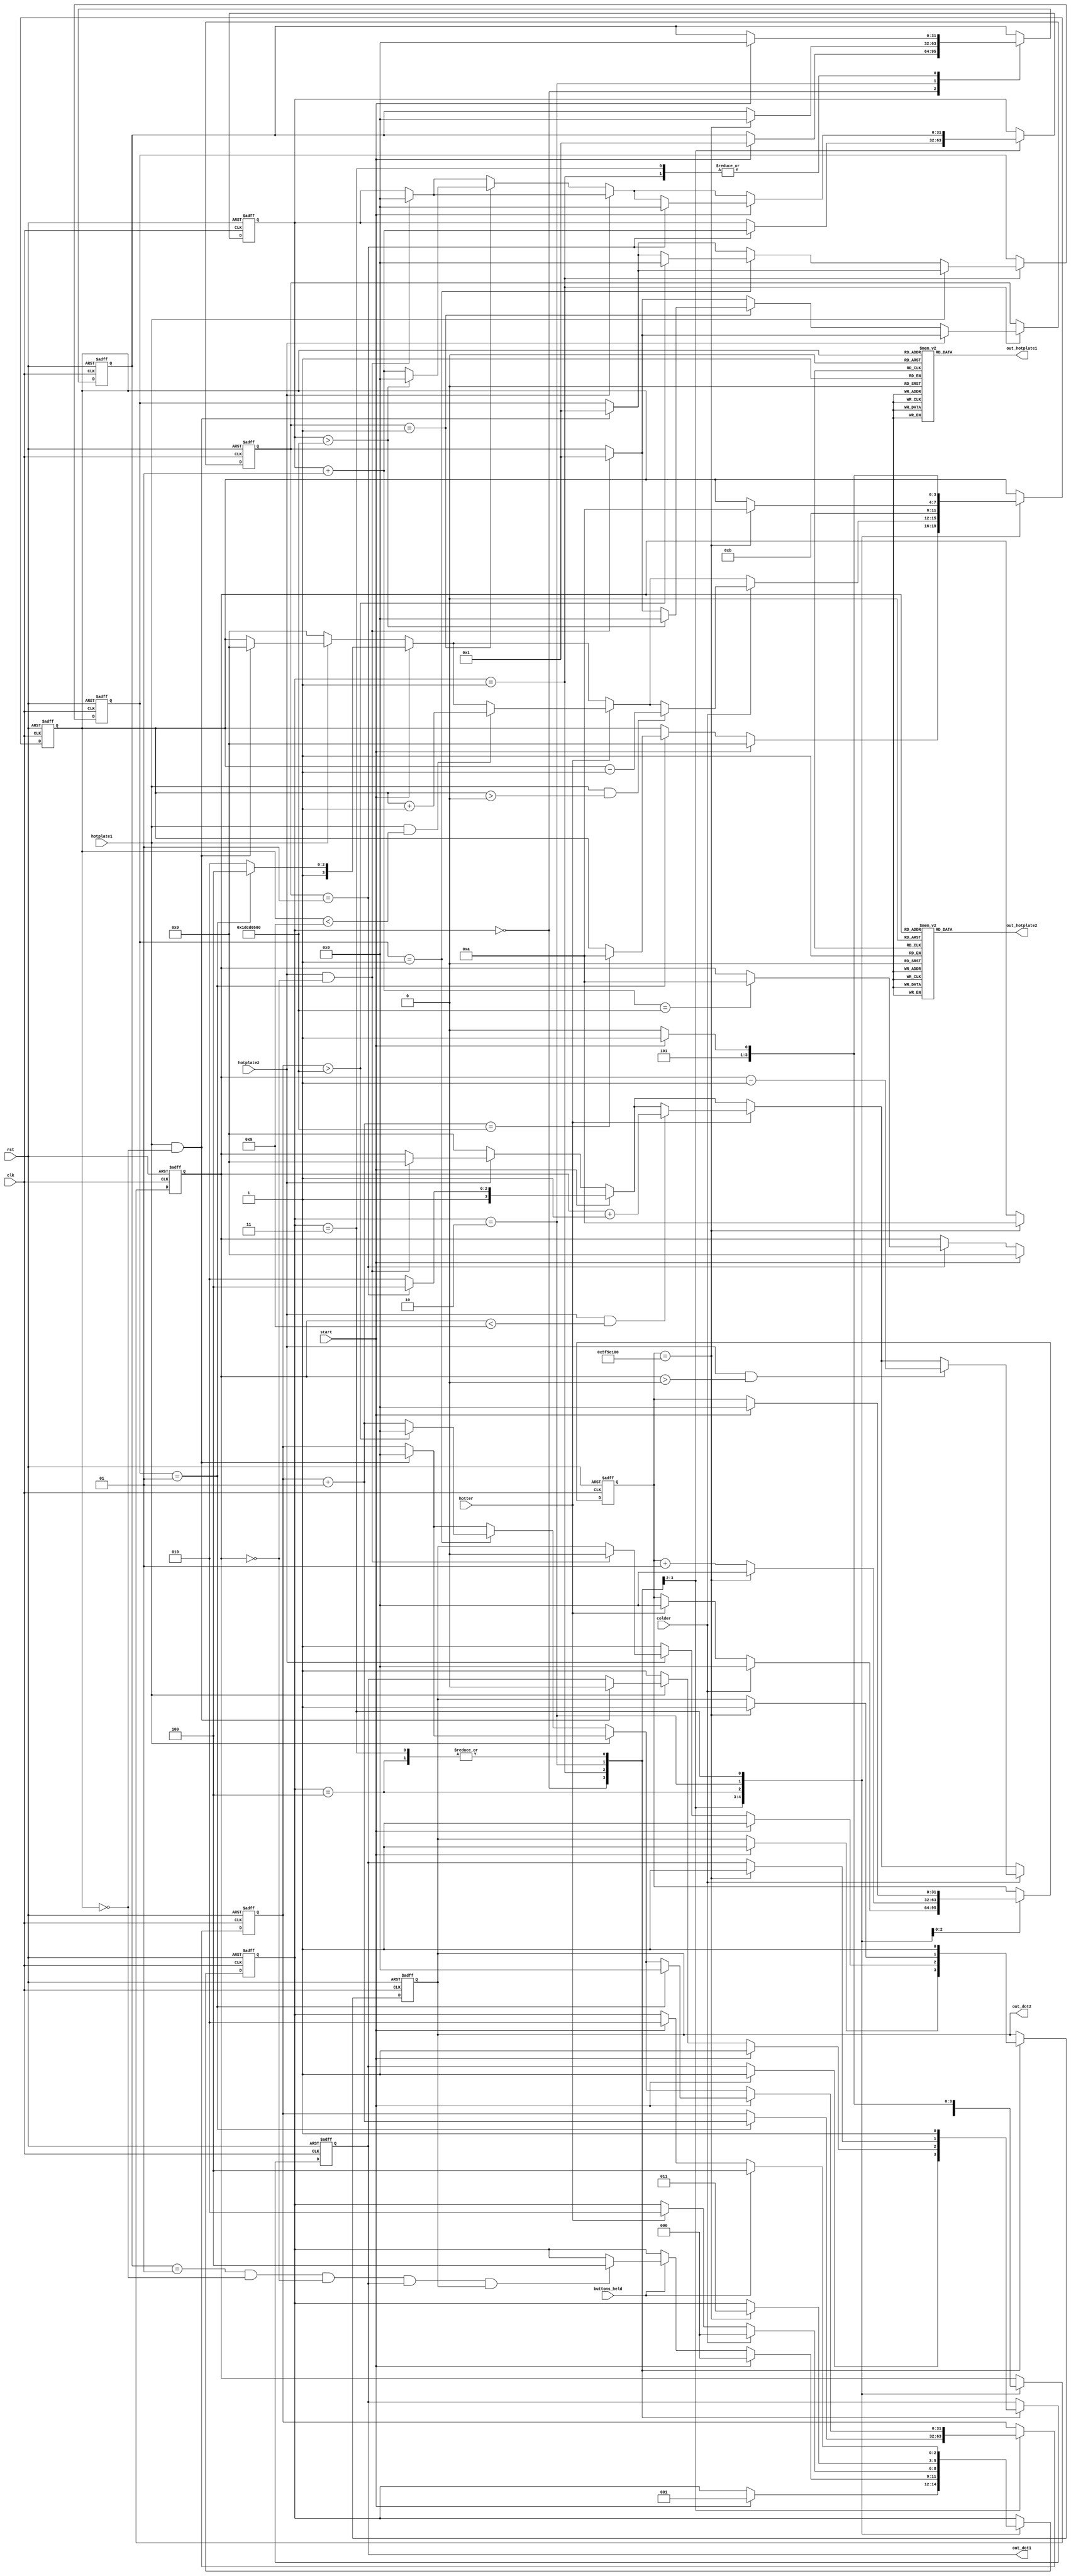
module oven #(
	parameter MAX = 9,
	parameter MIN = 0,
	parameter SECOND = 50_000_000
	)(
	input clk, 
	input rst, 
	input start,       			  /********** BUTTON 0 -> start **********/
	input hotplate1,   			  /********** SWITCH 3 -> HEX3 on **********/
	input hotplate2,       		  /********** SWITCH 2 -> HEX2 on **********/
	input hotter,      			  /********** BUTTON 2 -> raise heat **********/
	input colder,      			  /********** BUTTON 1 -> lower heat **********/
	output [6:0] out_hotplate1,  /********** HEX 3 output **********/
	output [6:0] out_hotplate2,  /********** HEX 2 output **********/
	output out_dot1,				  /********** HEX 3 decimal point output **********/
	output out_dot2,				  /********** HEX 2 decimal point output **********/
	
	/********** Phase 2 **********/
	input buttons_held
);

/********** Phase 1 **********/

localparam turn_on = 3'b000;
localparam use_oven = 3'b001;

reg [2:0] state_reg, state_next;

reg [3:0] out_reg1, out_next1;
reg [3:0] out_reg2, out_next2;
reg out_dot_reg1, out_dot_next1, out_dot_reg2, out_dot_next2;

assign out_hotplate1 = hex7(out_reg1);
assign out_hotplate2 = hex7(out_reg2);
assign out_dot1 = out_dot_reg1;
assign out_dot2 = out_dot_reg2;

/********** Phase 2 **********/

localparam kids = 3'b010;
localparam safety_on = 3'b011;
localparam long_pressed_check = 3'b100;

integer isStarted_reg, isStarted_next;
integer timer_reg, timer_next;

/********** Phase 3 **********/
integer turnedOn1_reg, turnedOn1_next, turnedOn2_reg, turnedOn2_next;
integer timer1_reg, timer1_next, timer2_reg, timer2_next;

always @(posedge clk, negedge rst) begin
	if(!rst) begin
		state_reg <= turn_on;
		out_reg1 <= 4'b1010;
		out_reg2 <= 4'b1010;
		out_dot_reg1 <= 1'b1;
		out_dot_reg2 <= 1'b1;
		turnedOn1_reg <= 0;
		turnedOn2_reg <= 0;
		isStarted_reg <= 0;
		timer_reg <= 0;
		timer1_reg <= 0;
		timer2_reg <= 0;
	end
	else begin
		state_reg <= state_next;
		out_reg1 <= out_next1;
		out_reg2 <= out_next2;
		out_dot_reg1 <= out_dot_next1;
		out_dot_reg2 <= out_dot_next2;
		turnedOn1_reg <= turnedOn1_next;
		turnedOn2_reg <= turnedOn2_next;
		isStarted_reg <= isStarted_next;
		timer_reg <= timer_next;
		timer1_reg <= timer1_next;
		timer2_reg <= timer2_next;
	end
end


always @(*) begin	
	state_next = state_reg;
	out_next1 = out_reg1;
	out_next2 = out_reg2;
	out_dot_next1 = out_dot_reg1;
	out_dot_next2 = out_dot_reg2;
	turnedOn1_next = turnedOn1_reg;
	turnedOn2_next = turnedOn2_reg;
	isStarted_next = isStarted_reg;
	timer1_next = timer1_reg;
	timer2_next = timer2_reg;
	timer_next = timer_reg;
	
	case(state_reg)
	turn_on: begin
	
		if(turnedOn1_reg == 1) begin
			timer1_next = timer1_reg + 1;
			if(timer1_next == 10*SECOND) begin
				out_next1 = 4'b1010;
			end	
		end
		
		if(turnedOn2_reg == 1) begin
			timer2_next = timer2_reg + 1;
			if(timer2_next == 10*SECOND) begin
				out_next2 = 4'b1010;
			end	
		end

		if(start == 1'b1) begin
			out_next1 = 4'b0000;
			out_dot_next1 = 1'b1;
			out_next2 = 4'b0000;
			out_dot_next2 = 1'b1;
			
			isStarted_next = 1;
			state_next = use_oven;
		end
	end
	
	
	
	use_oven: begin
	
		if(buttons_held == 1'b1) begin
			if(isStarted_reg == 1 && out_reg1 == 4'b0000 && out_reg2 == 4'b0000 && out_dot_reg1==1'b1 && out_dot_reg2 == 1'b1) begin
					state_next = long_pressed_check;
			end
		end
	
		if(hotplate1 == 1'b1 && out_reg1 == 4'b0000) begin
			out_dot_next1 = 1'b0;
			turnedOn1_next = 1'b1;
			timer1_next = 0;
			out_next1 = 4'b0000;
		end
		
		if(hotplate2 == 1'b1 && out_reg2 == 4'b0000) begin
			out_dot_next2 = 1'b0;
			turnedOn2_next = 1'b1;
			timer2_next = 0;
			out_next2 = 4'b0000;
		end
		
		if(hotplate1 == 1'b0) begin
			out_dot_next1 = 1'b1;
			if(turnedOn1_reg == 1'b1) begin
				timer1_next = timer1_reg + 1;
				if(timer1_reg > 10 * SECOND) begin
					timer1_next = 0;
					turnedOn1_next = 1'b0;
				end	
			end
			out_next1 = 4'b0000;
		end
		
		if(hotplate2 == 1'b0) begin
			out_dot_next2 = 1'b1;
			if(turnedOn2_reg == 1'b1) begin
				timer2_next = timer2_reg + 1;
				if(timer2_reg > 10 * SECOND) begin
					timer2_next = 0;
					turnedOn2_next = 1'b0;
				end
			end
			out_next2 = 4'b0000;
		end
		
		
		if(start == 1'b1) begin
			
			if(turnedOn1_reg == 1) begin
				timer1_next = 0;
				out_next1 = 4'b1100;
			end
			else begin
				out_next1 = 4'b1010;
			end
			out_dot_next1 = 1'b1;
			
			if(turnedOn2_reg == 1) begin
				timer2_next = 0;
				out_next2 = 4'b1100;
			end
			else begin
				out_next2 = 4'b1010;
			end
			out_dot_next2 = 1'b1;
			
			
			isStarted_next = 0;
			state_next = turn_on;
		end
		
		if(hotter == 1'b1) begin
			if(hotplate1 == 1'b1 && out_reg1 < 4'b1001) begin
				out_next1 = out_reg1 + 1'b1;
			end
			if(hotplate2 == 1'b1 && out_reg2 < 4'b1001) begin
				out_next2 = out_reg2 + 1'b1;
			end
		end
		
		if(colder == 1'b1) begin
			if(hotplate1 == 1'b1 && out_reg1 > 4'b0000) begin
				out_next1 = out_reg1 - 1'b1;
			end
			if(hotplate2 == 1'b1 && out_reg2 > 4'b0000) begin
				out_next2 = out_reg2 - 1'b1;
			end
		end
		
	end
	
	
	long_pressed_check: begin
		out_next1 = 4'b1011;
		out_dot_next1 = 1'b1;
		out_next2 = 4'b1011;
		out_dot_next2 = 1'b1;
		
		if(hotter == 1'b1) begin
			state_next = kids;
			timer_next = 0;
		end
		if(colder == 1'b1) begin
			state_next = turn_on;
			timer_next = 0;
		end
	end
	
	
	kids: begin
		timer_next = timer_reg + 1;
		if(timer_reg == 2 * SECOND) begin
			timer_next = 0;
			out_next1 = 4'b1010;
			out_dot_next1 = 1'b1;
			out_next2 = 4'b1010;
			out_dot_next2 = 1'b1;
			
			isStarted_next = 0;
			state_next = safety_on;
		end
	end
	
	safety_on: begin
		out_next1 = 4'b1010;
		out_dot_next1 = 1'b1;
		out_next2 = 4'b1010;
		out_dot_next2 = 1'b1;
			
		if(start == 1'b1) begin
			timer_next = 0;
			out_next1 = 4'b1011;
			out_dot_next1 = 1'b1;
			out_next2 = 4'b1011;
			out_dot_next2 = 1'b1;
			
			state_next = kids;		
			isStarted_next = 0;
		end	
		
		if(buttons_held == 1'b1) begin
				state_next = long_pressed_check;
		end
		
	end
	
	endcase
end












function [6:0] hex7 (
	input [3:0] in
);
begin
	case (in)
	4'b0000: hex7 = ~7'h3F;
	4'b0001: hex7 = ~7'h06;
	4'b0010: hex7 = ~7'h5B;
	4'b0011: hex7 = ~7'h4F;
	4'b0100: hex7 = ~7'h66;
	4'b0101: hex7 = ~7'h6D;
	4'b0110: hex7 = ~7'h7D;
	4'b0111: hex7 = ~7'h07;
	4'b1000: hex7 = ~7'h7F;
	4'b1001: hex7 = ~7'h6F;
	4'b1010: hex7 = ~7'b0000000;
	4'b1011: hex7 = ~7'b0111000;
	4'b1100: hex7 = ~7'b1110110;
	4'b1101: hex7 = ~7'h5E;
	4'b1110: hex7 = ~7'h79;
	4'b1111: hex7 = ~7'h71;
	endcase
end
endfunction

endmodule